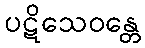
ပဋိသေဝန္တေ